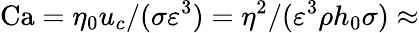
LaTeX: \mathrm{Ca}=\eta_{0}u_{c}/(\sigma\varepsilon^{3})=\eta^{2}/(\varepsilon^{3}\rho h_{0}\sigma)\approx